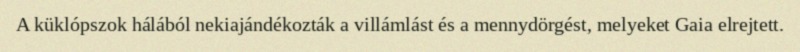
A küklópszok hálából nekiajándékozták a villámlást és a mennydörgést, melyeket Gaia elrejtett.